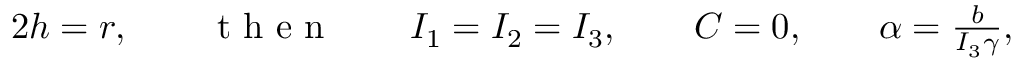
\begin{array} { r } { 2 h = r , \qquad \mathrm { ~ t ~ h ~ e ~ n ~ } \qquad I _ { 1 } = I _ { 2 } = I _ { 3 } , \qquad C = 0 , \qquad \alpha = \frac { b } { I _ { 3 } \gamma } , } \end{array}